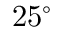
2 5 ^ { \circ }